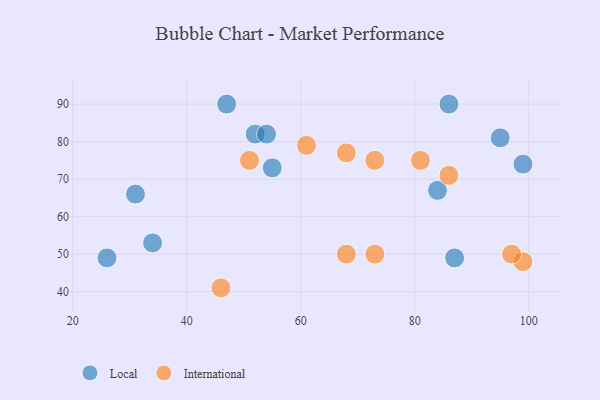
{"axis": {"x": "GDP", "y": "Life Expectancy"}, "legend": ["International", "Local"], "data": [{"x": "95", "y": 81, "type": "Local"}, {"x": "34", "y": 53, "type": "Local"}, {"x": "47", "y": 90, "type": "Local"}, {"x": "84", "y": 67, "type": "Local"}, {"x": "52", "y": 82, "type": "Local"}, {"x": "99", "y": 74, "type": "Local"}, {"x": "26", "y": 49, "type": "Local"}, {"x": "87", "y": 49, "type": "Local"}, {"x": "55", "y": 73, "type": "Local"}, {"x": "54", "y": 82, "type": "Local"}, {"x": "86", "y": 90, "type": "Local"}, {"x": "31", "y": 66, "type": "Local"}, {"x": "68", "y": 77, "type": "International"}, {"x": "73", "y": 50, "type": "International"}, {"x": "61", "y": 79, "type": "International"}, {"x": "51", "y": 75, "type": "International"}, {"x": "86", "y": 71, "type": "International"}, {"x": "68", "y": 50, "type": "International"}, {"x": "73", "y": 75, "type": "International"}, {"x": "99", "y": 48, "type": "International"}, {"x": "81", "y": 75, "type": "International"}, {"x": "46", "y": 41, "type": "International"}, {"x": "97", "y": 50, "type": "International"}]}